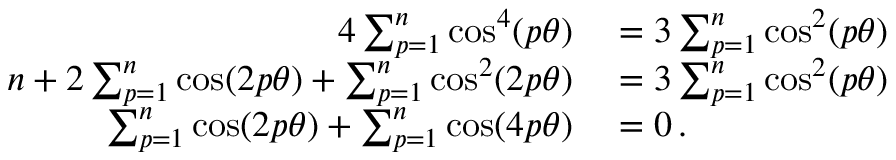
\begin{array} { r l } { 4 \sum _ { p = 1 } ^ { n } \cos ^ { 4 } ( p \theta ) } & { { } = 3 \sum _ { p = 1 } ^ { n } \cos ^ { 2 } ( p \theta ) } \\ { n + 2 \sum _ { p = 1 } ^ { n } \cos ( 2 p \theta ) + \sum _ { p = 1 } ^ { n } \cos ^ { 2 } ( 2 p \theta ) } & { { } = 3 \sum _ { p = 1 } ^ { n } \cos ^ { 2 } ( p \theta ) \, } \\ { \sum _ { p = 1 } ^ { n } \cos ( 2 p \theta ) + \sum _ { p = 1 } ^ { n } \cos ( 4 p \theta ) } & { { } = 0 \, . } \end{array}